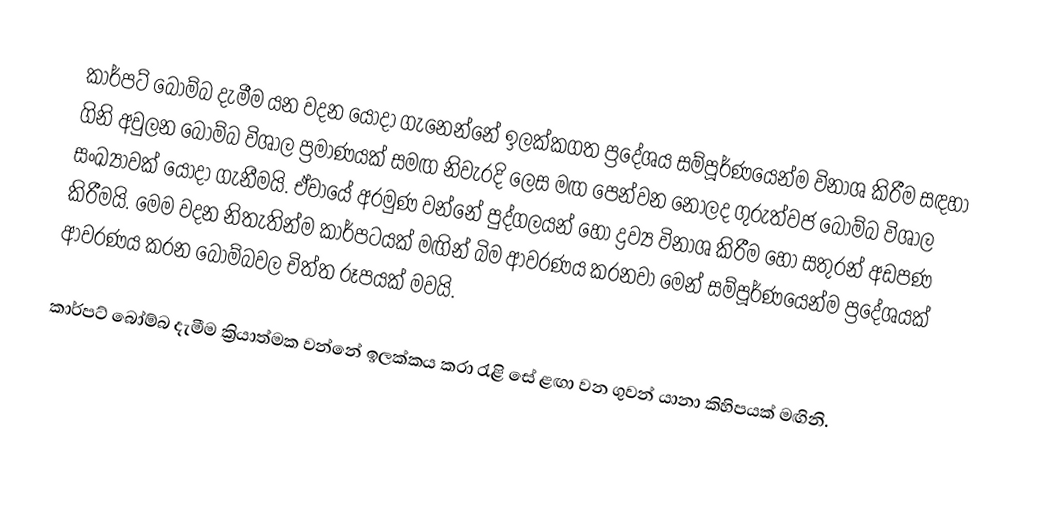
කාර්පට් බෝම්බ දැමීම යන වදන යොදා ගැනෙන්නේ ඉලක්කගත ප්‍රදේශය සම්පූර්ණයෙන්ම විනාශ කිරීම සඳහා ගිනි අවුලන බෝම්බ විශාල ප්‍රමාණයක් සමඟ නිවැරදි ලෙස මඟ පෙන්වන නොලද ගුරුත්වජ බෝම්බ විශාල සංඛ්‍යාවක් යොදා ගැනීමයි. ඒවායේ අරමුණ වන්නේ පුද්ගලයන් හෝ ද්‍රව්‍ය විනාශ කිරීම හෝ සතුරන් අඩපණ කිරීමයි. මෙම වදන නිතැතින්ම කාර්පටයක් මඟින් බිම ආවරණය කරනවා මෙන් සම්පූර්ණයෙන්ම ප්‍රදේශයක් ආවරණය කරන බෝම්බවල චිත්ත රූපයක් මවයි.

කාර්පට් බෝම්බ දැමීම ක්‍රියාත්මක වන්නේ ඉලක්කය කරා රැළි සේ ළඟා වන ගුවන් යානා කිහිපයක් මඟිනි.